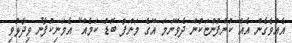
އެއްވެގެން އެއް ކުންފުންޏަކުން ދެވޭނަަމަ އޭގެ މަންފާ ބޮޑު ކަމެއް" އެމަނިކުފާނު ވިދާޅުވި